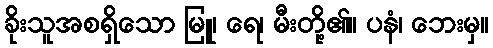
ခိုးသူအစရှိသော မြူ၊ ရေ၊ မီးတို့၏။ ပနံ၊ ဘေးမှ။